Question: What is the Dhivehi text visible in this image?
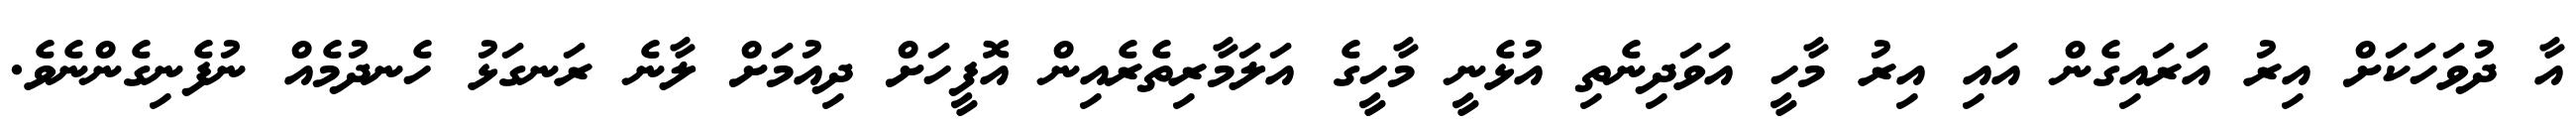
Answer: އާ ދުވަހަކަށް އިރު އަރައިގެން އައި އިރު މާހީ އަވަދިނެތި އުޅެނީ މާހީގެ އަލަމާރިތެރެއިން އޮފީހަށް ދިއުމަށް ލާނެ ރަނގަޅު ހެނދުމެއް ނުފެނިގެންނެވެ.